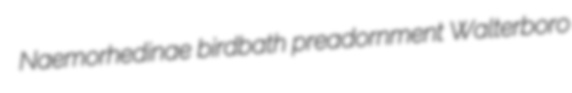
Naemorhedinae birdbath preadornment Walterboro